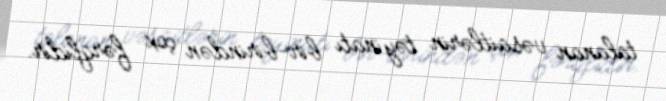
talanan vəsaitlərin təyinatı bir-birindən çox fərqlidir.